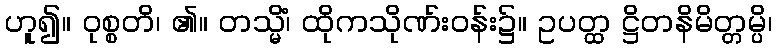
ဟူ၍။ ဝုစ္စတိ၊ ၏။ တသ္မိံ၊ ထိုကသိုဏ်းဝန်း၌။ ဥပတ္ထ ဋ္ဌိတနိမိတ္တမ္ပိ၊